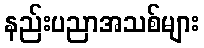
နည်းပညာအသစ်များ